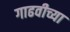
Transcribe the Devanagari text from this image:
गाढवीच्या